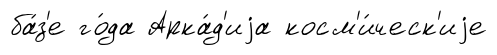
ба́з'е го́да Арка́д'иjа косм'и́ческ'иjе